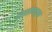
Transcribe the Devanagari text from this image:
रोस्सोमधूनच